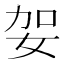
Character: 妿